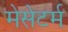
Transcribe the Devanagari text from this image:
मेसेटर्म